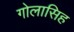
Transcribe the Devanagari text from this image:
गोलासिह